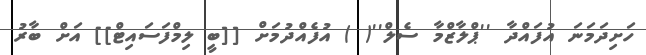
ހަށިދަމަނަ އުފައްދާ ''ޕްލާޒްމާ ސެލް''( ) އުފެއްދުމަށް [[ބީ ލިމްފަސައިޓް]] އަށް ބާރު